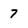
Character: 7